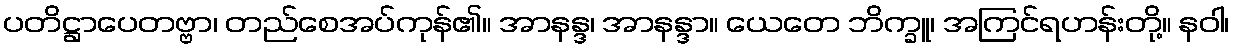
ပတိဋ္ဌာပေတဗ္ဗာ၊ တည်စေအပ်ကုန်၏။ အာနန္ဒ၊ အာနန္ဒာ။ ယေတေ ဘိက္ခူ၊ အကြင်ရဟန်းတို့။ နဝါ၊